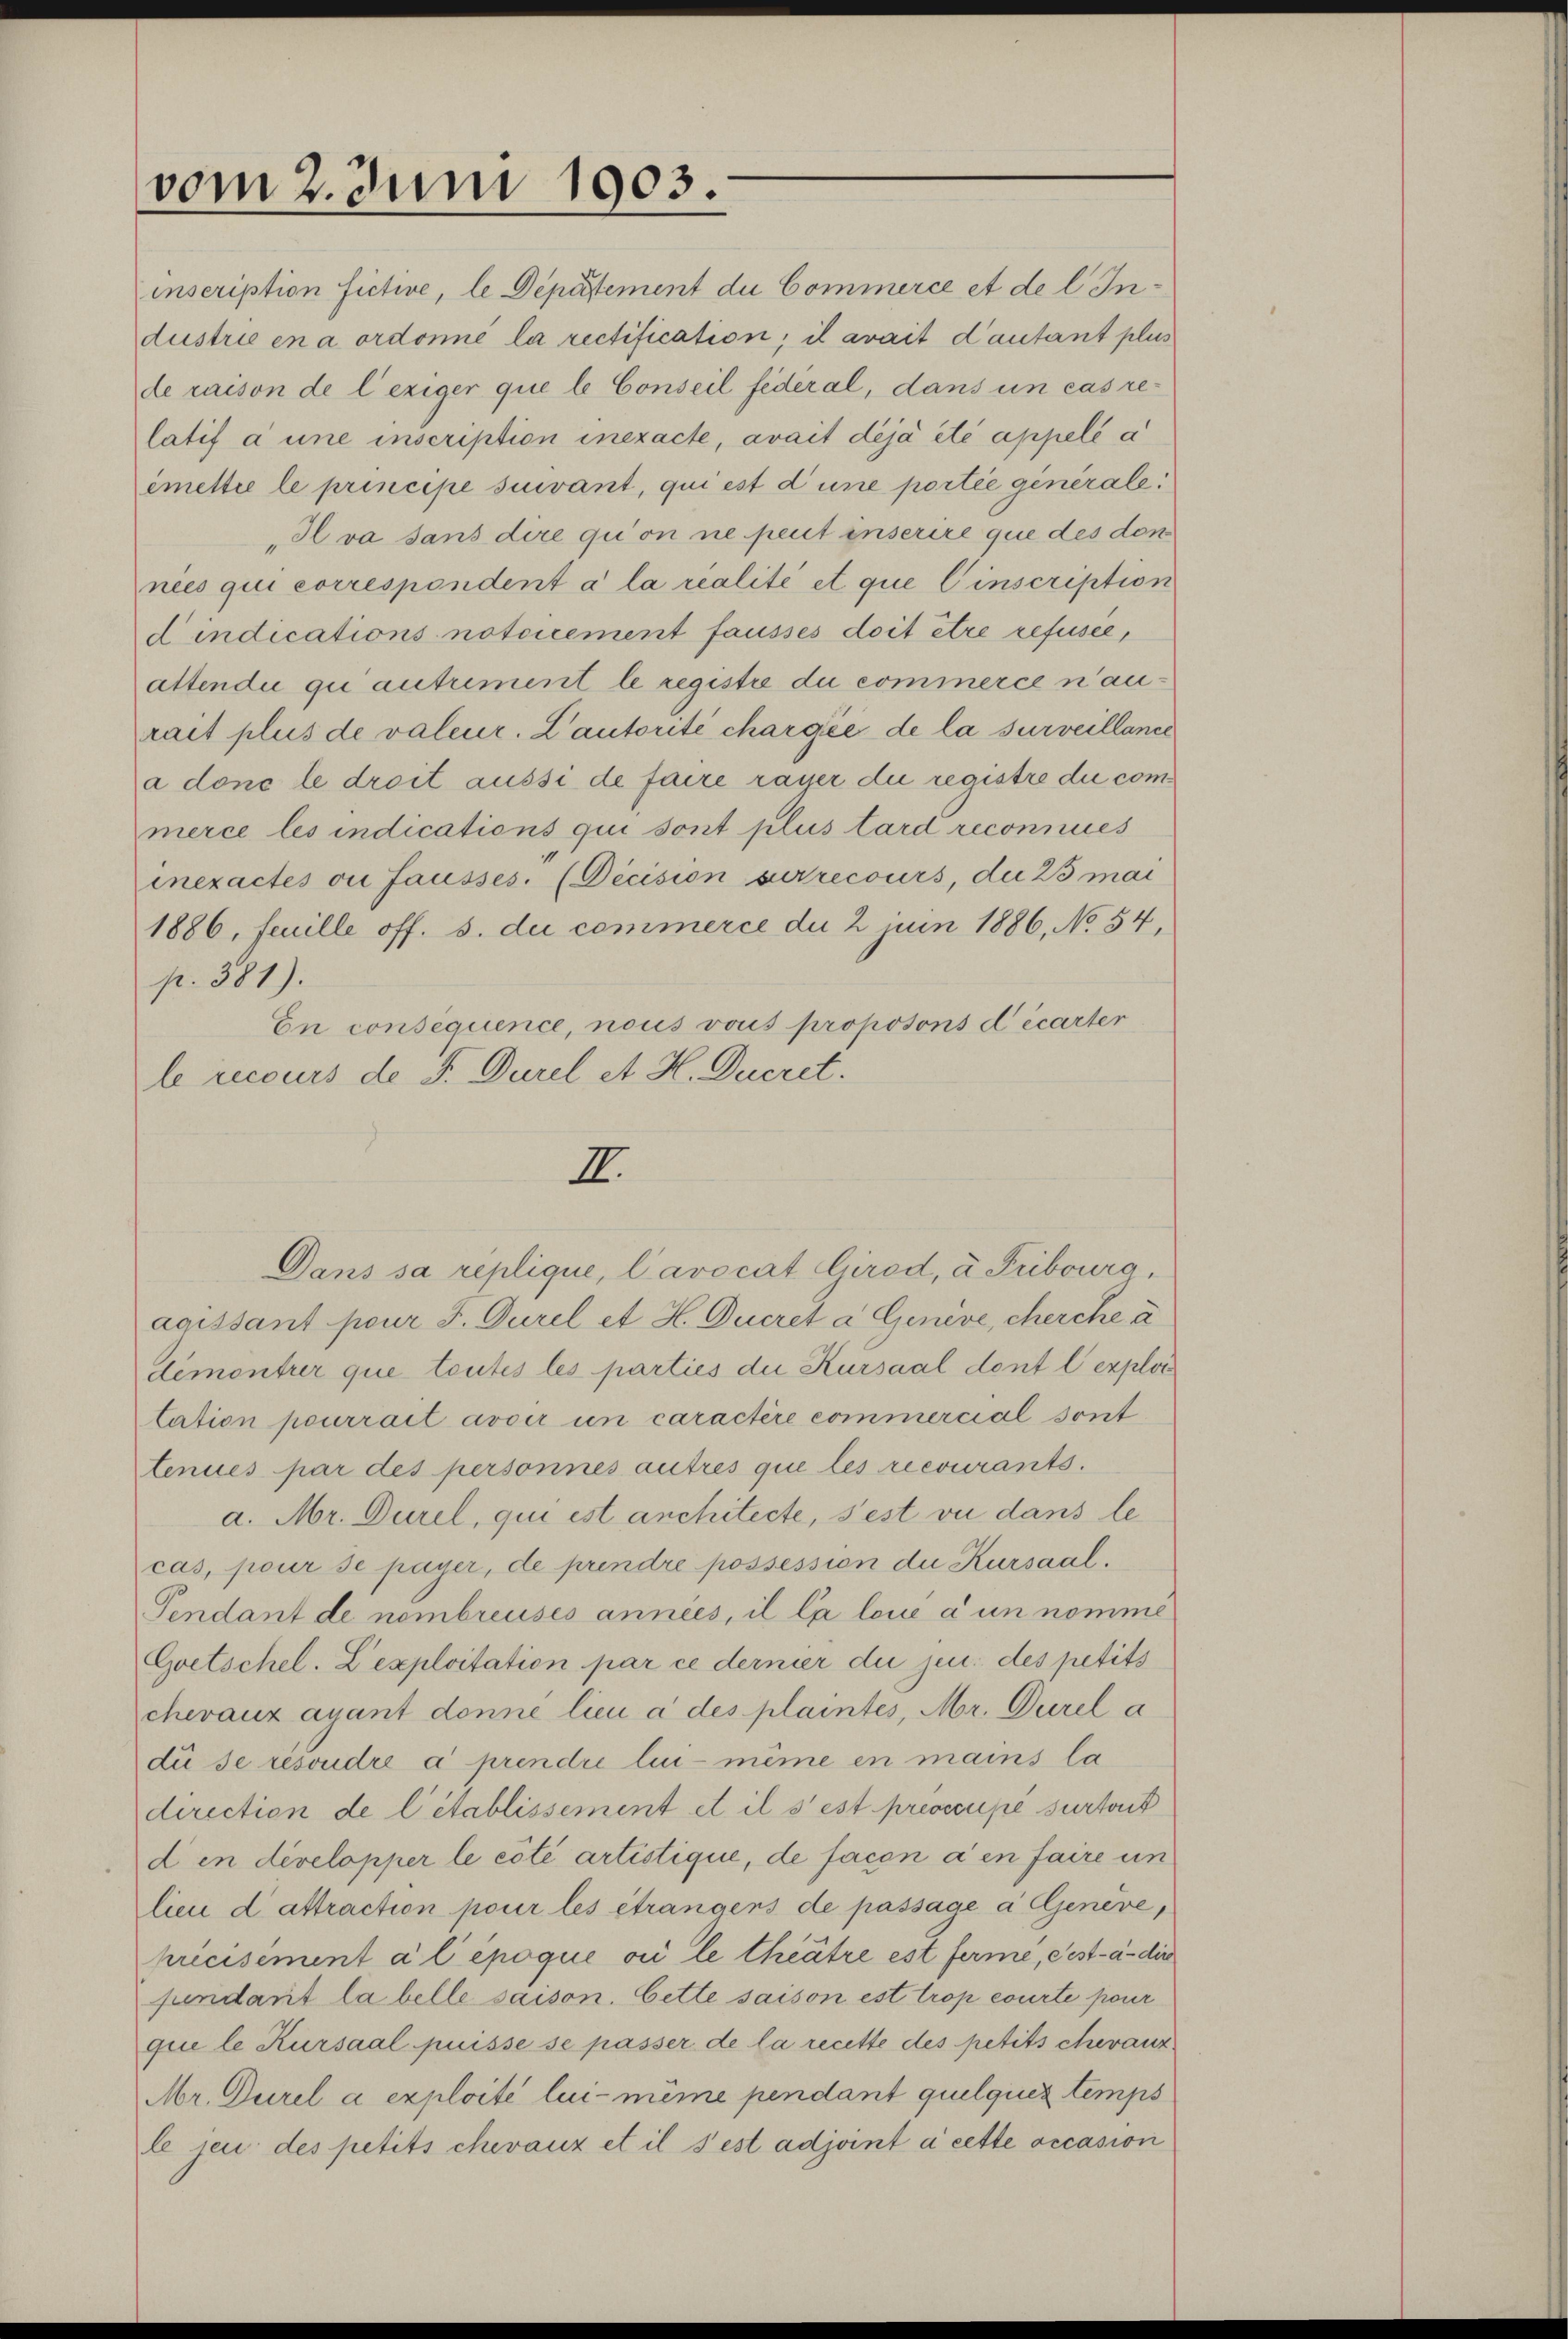
vom 2. Juni 1903.

inscription fictive, le Departement du Commerce et de l. Industrie en a ordonne la rectification; il avait Cautant plus
de raison de l’exiger que le Conseil federal, dans un cas relatif à une inscription inexacte, avait déjà été appelée a
imettre le principe suivant, qui est d’une portie generale.
„Ilva sans dire qu’on ne peut inserire que des don
nees qui correspondent à la realité et que Einscription
dindications notcicement fausses doit être refusée,
attendii qui autrement le registre du commerce n’aurait plus de valeur. L’autorité chargée de la surveillance
a done le droit aussi de faire rayer die registre die commerce les indications qui sont plus tard reconnues
inexactes ou fausses. (Decision surrecours, die 25 mai
1886, feuille off. 8. di commerce du 2 juin 1886, No 54,
p. 381).
En consequence, nous vous proposons décarter
le recours de F. Durel et H. Ducret.
Dans sa replique, Cavocat Girod, à Fribourg,
aaissant pour J. Durel et H. Ducret a Genève, cherche a
demontrer que toutes les parties die Kursaal dont l’exploi
tation pourrait avoir un caractère commercial sont
tenues par des personnes autres que les recourants.
a. Mr. Durel, qui est anchitecte, sest vu dans lecas, pour se payer, de prendre possession die Kursaal.
Pendant de nombreuses années, il la loue à un nomme
Goetschel. L’exploitation par ce dernier die je. des petits
chevaux ayant donné lieu à des plaintes, Mr. Durel a
die se resondre à prendre lui-même en mains la
direction de l’établissement et il s’est preoccupe surtorit
den developper le côté artistique, de facon a en faire un
lieu d attraction pour les étrangens de passage a Geneve,
précisement a l époque vii le theatre est ferme, fest-à-dir
fundant la belle saison. Cette saison est trop courte pour
quie le Kursaal puisse se passer de la recette des petits chevauz
Mr. Durel à exploité lui-même pendant quelque temps
le je des petits chevaux et il s’est adjoint à cette occasion

I.